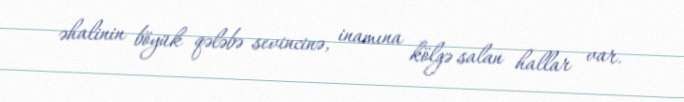
əhalinin böyük qələbə sevincinə, inamına kölgə salan hallar var.